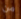
من